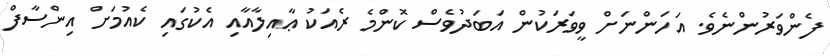
ފެންވަރުންނެވެ. އަހަންނަށް ވީވަރަކުން އަބަދުވެސް ކޮންމެ ރެއަކު ޢާއިލާއާއި އެކުގައި ކެއުމަށް އިންސާފް